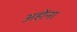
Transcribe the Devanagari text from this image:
अहोंना